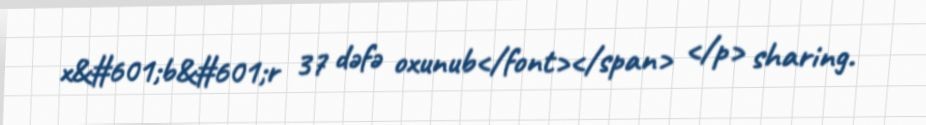
x&#601;b&#601;r 37 dəfə oxunub</font></span> </p> sharing.